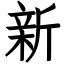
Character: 新